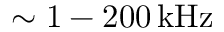
\sim 1 - 2 0 0 \, \mathrm { k H z }